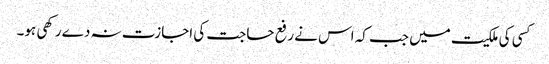
کسی کی ملکیت میں جب کہ اس نے رفع حاجت کی اجازت نہ دے رکھی ہو۔